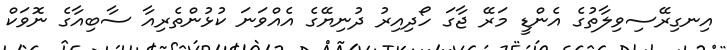
އިނގިރޭސިވިލާތުގެ އެންޑީ މަރޭ ޖާގަ ހޯދިއިރު ދުނިޔޭގެ އެއްވަނަ ކުޅުންތެރިއާ ސާބިއާގެ ނޮވަކް